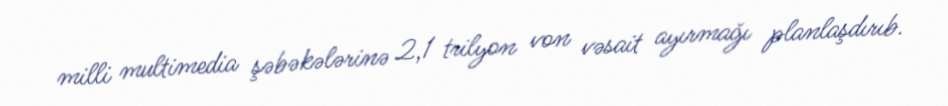
milli multimedia şəbəkələrinə 2,1 trilyon von vəsait ayırmağı planlaşdırıb.